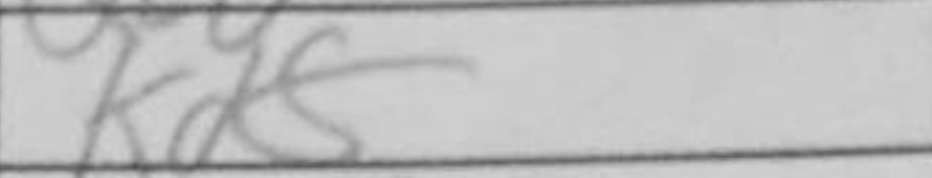
Transcription: Kd5